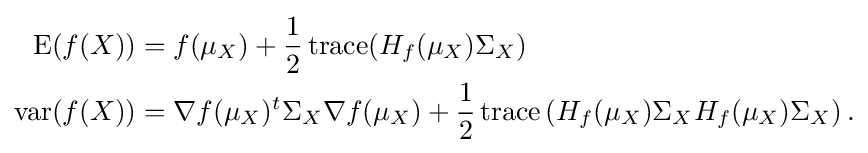
{\begin{aligned}\operatorname {E} (f(X))&=f(\mu _{X})+{\frac {1}{2}}\operatorname {trace} (H_{f}(\mu _{X})\Sigma _{X})\\\operatorname {var} (f(X))&=\nabla f(\mu _{X})^{t}\Sigma _{X}\nabla f(\mu _{X})+{\frac {1}{2}}\operatorname {trace} \left(H_{f}(\mu _{X})\Sigma _{X}H_{f}(\mu _{X})\Sigma _{X}\right).\end{aligned}}